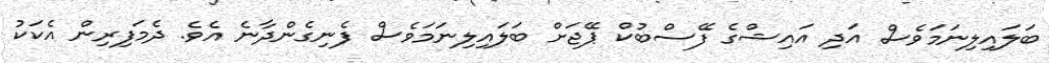
ބަލައިލިނަމަވެސް އަދި އައިޝްގެ ފޭސްބުކް ޕޭޖަށް ބަލައިލިނަމަވެސް ފެނިގެންދާނެ އެވެ. ދެމަފިރިން އެކަކު